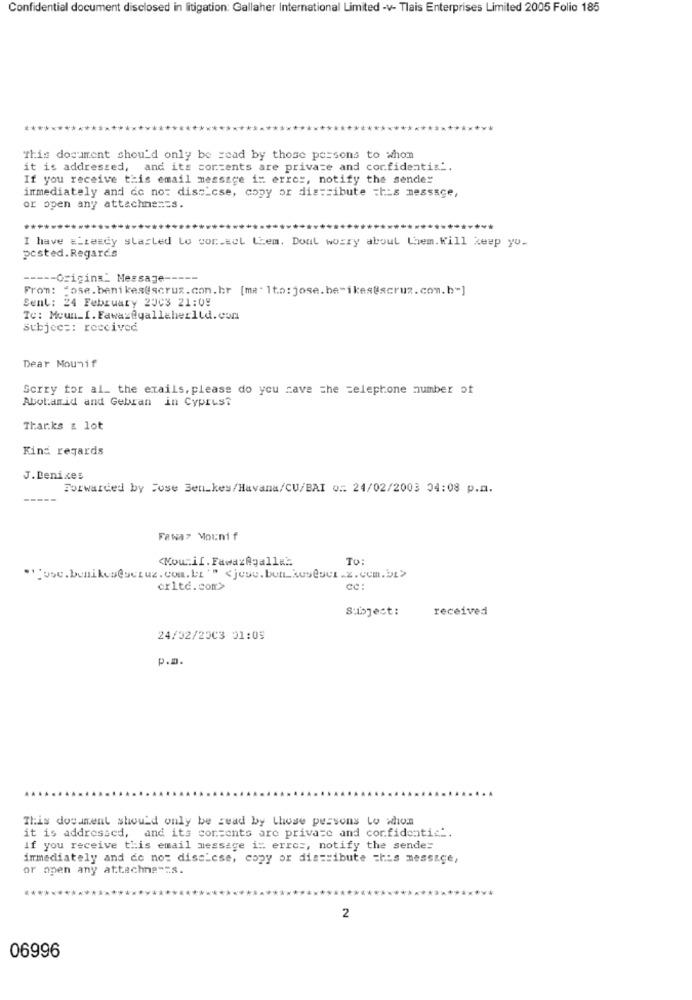
Confidential document disclosed in litigation: Gallaher International Limited -v- Tlais Enterprises Limited 2005 Folio 185
This document shou'd only be read by those persons to whom
it is addressed, and its contents are private and confidentis'.
If you receive this email message in error, notify the sender
immediately and do not dissicse, copy or distribute this message,
or open any attachnen=s.
*****
I have =Lready started Lo cor.sol Liem. Dont worry about them. Will keep yo.
posted. Regards
----- Origins_ Message -----
From: Jose.benikes@scruz.com.br [malto:jose.be-ikes@scruz.com.b-]
Sent: 24 February 2003 21:09
Te: Moun_I. Fawaz@yallaherltd.con
Subjec =: received
Dear Mounif
Sorry tor al_ the exails. please do you save the telephone number of
Abot:amid and Gebran in Cyprus?
Thanks a lot
Kind regards
J. Denices
Forwarded by Cose Ben_kes/Havana/CU/BAI o .: 24/02/2003 04:08 p.a.
Fewaz Mounif
<Now.il. FawazAgallez
TO:
crltd.com>
Subject:
received
24/02/2003 31:05
p.a.
This document should only be read by those persons to whom
it is addressed, and its contents are private and confidenti=".
If you receive this email message i: erros, notify the sender
immediately and do not dischese, copy or distribute this message,
or open any attachne -= s.
2
06996